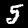
Label: 5